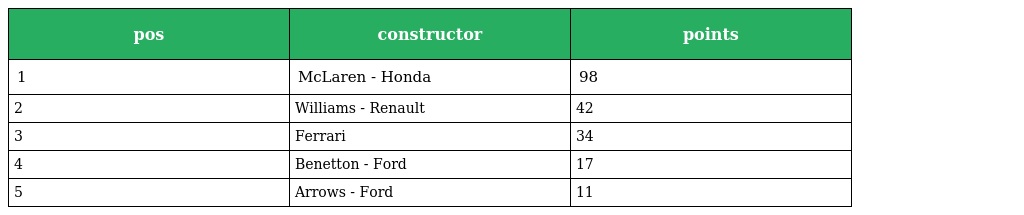
| pos | constructor | points |
 | --- | --- | --- |
 | 1 | McLaren - Honda | 98 |
 | 2 | Williams - Renault | 42 |
 | 3 | Ferrari | 34 |
 | 4 | Benetton - Ford | 17 |
 | 5 | Arrows - Ford | 11 |